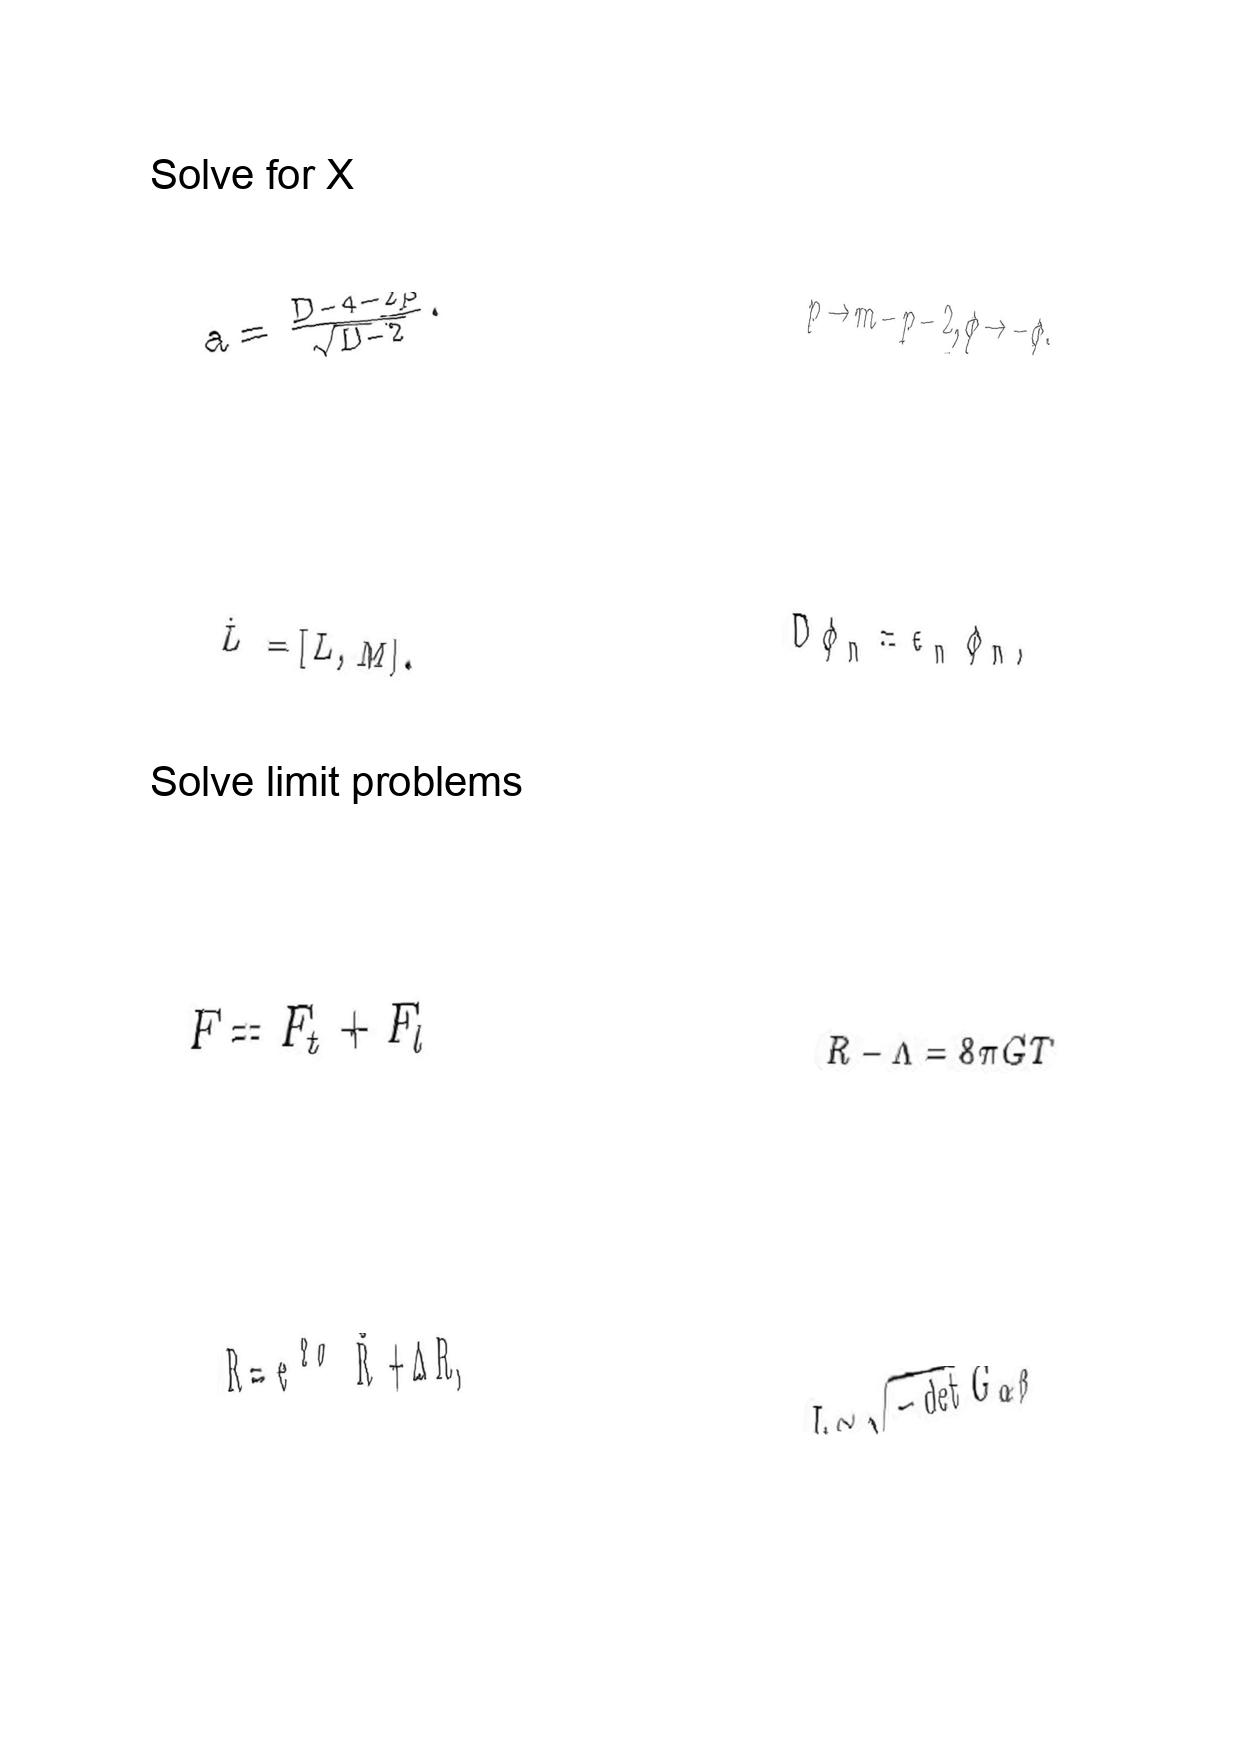
LaTeX transcription:
a = \frac { D - 4 - 2 p } { \sqrt { D - 2 } } .
\dot { L } = \lbrack L , M \rbrack .
F = F _ { t } + F _ { l }
R = e ^ { 2 \sigma } \bar { R } + \Delta R ,
p \to m - p - 2 , \phi \to - \phi .
D \phi _ { n } = \epsilon _ { n } \phi _ { n } ,
R - \Lambda = 8 \pi G T
L \sim \sqrt { - \det G _ { \alpha \beta } }